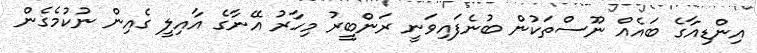
އިންޑިއާގެ ބައެއް ނޫސްތަކުން ބުނެފައިވަނީ ރަންބީރު މިހާރު އޭނާގެ އާއިލީ ގެއިން ނުކުމެގެން